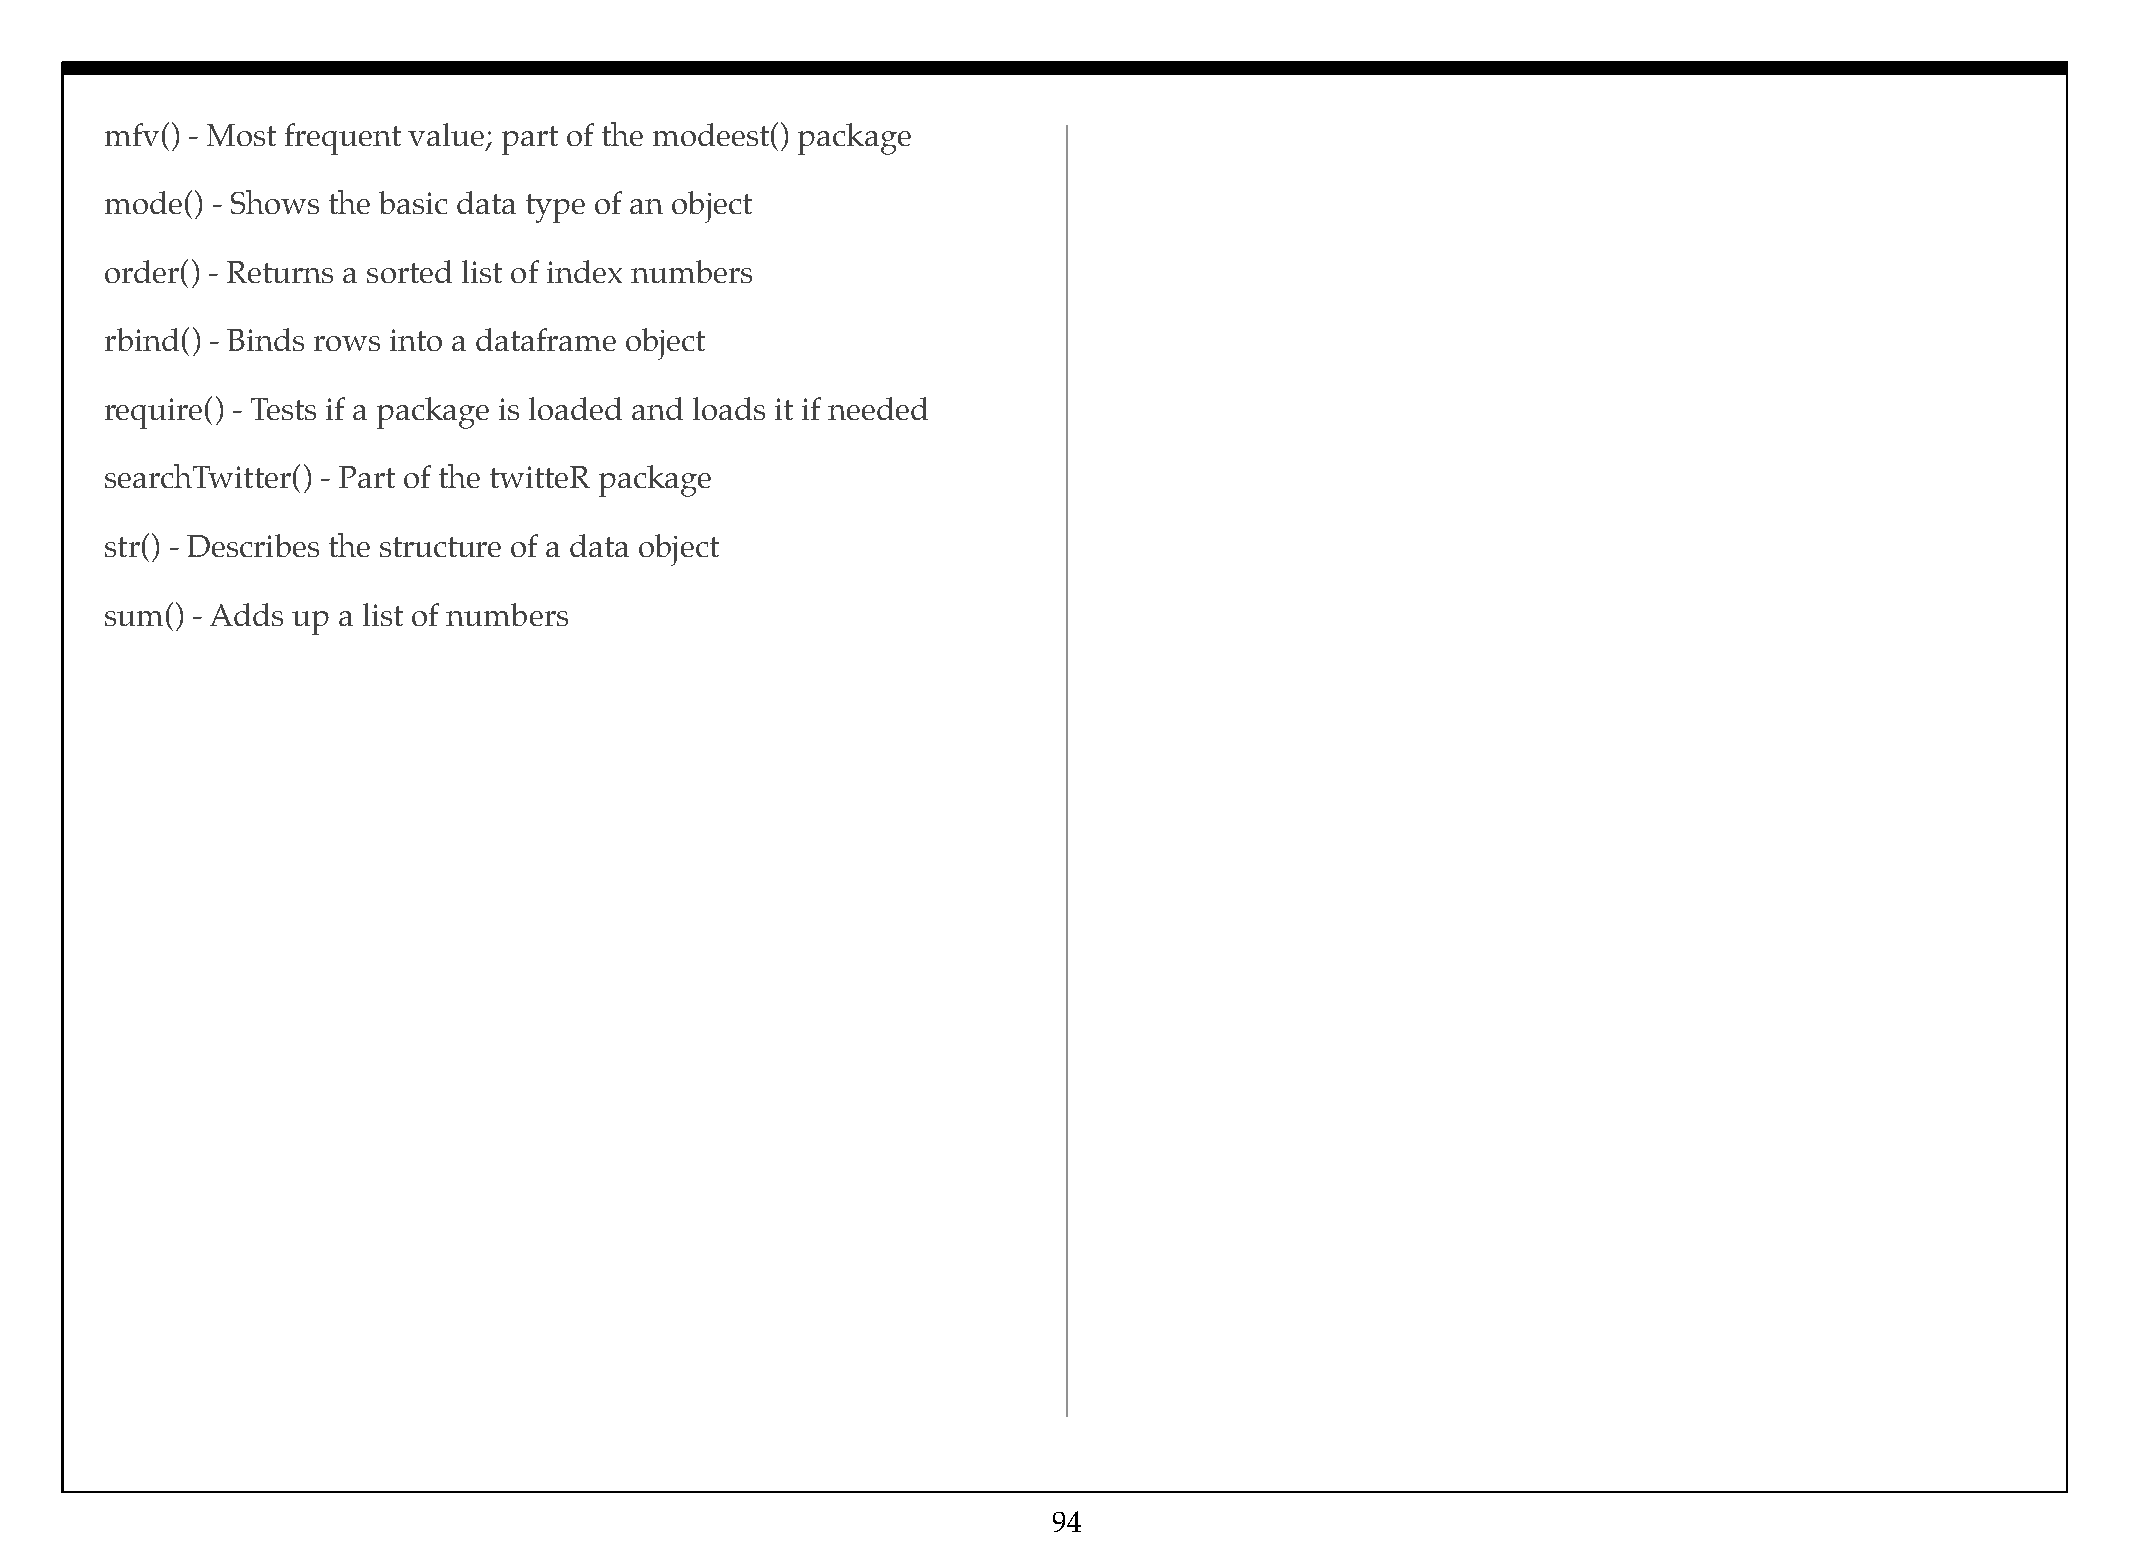
mfv() - Most frequent value; part of the modeest() package
 mode() - Shows the basic data type of an object
 order() - Returns a sorted list of index numbers
 rbind() - Binds rows into a dataframe object
 require() - Tests if a package is loaded and loads it if needed
 searchTwitter() - Part of the twitteR package
 str() - Describes the structure of a data object
 sum() - Adds up a list of numbers
 94